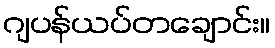
ဂျပန်ယပ်တချောင်း။